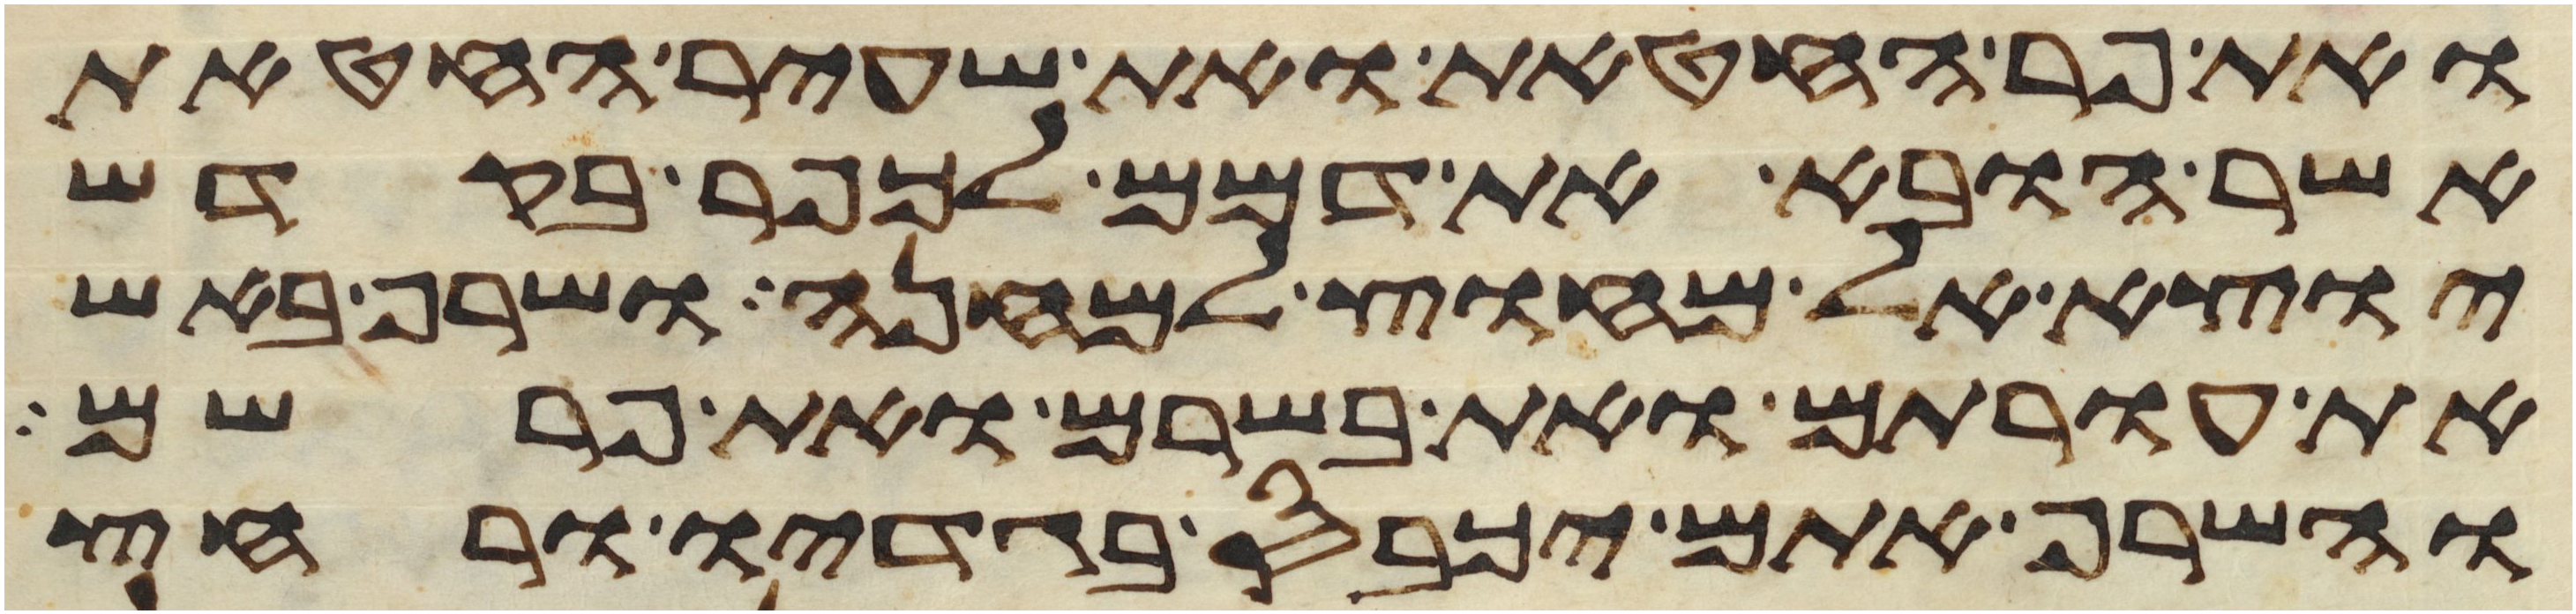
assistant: ואת פר החטאת ואת שעיר החטאת
אשר הובא את דמם לכפר בקדש
יוצא אל מחוץ למחנה ושרף באש
את עורתם ואת בשרם ואת פרשם
והשרף אתם יכבס בגדיו ורחץ